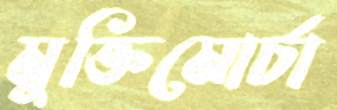
মুক্তিমোর্চা